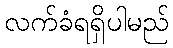
လက်ခံရရှိပါမည်